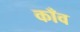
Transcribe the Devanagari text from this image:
काँव